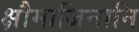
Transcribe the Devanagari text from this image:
क्षौमाजिनानि